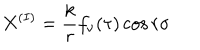
X ^ { ( I ) } = { \displaystyle \frac { k } { r } f _ { \nu } ( \tau ) \cos r \sigma }